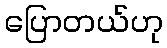
ပြောတယ်ဟု